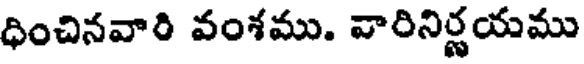
ధించినవారి వంశము. వారినిర్ణయము